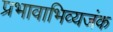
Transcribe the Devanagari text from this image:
प्रभावाभिव्यजंक